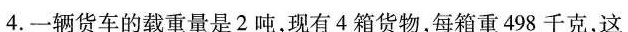
4.一辆货车的载重量是2吨，现有4箱货物，每箱重498千克，这